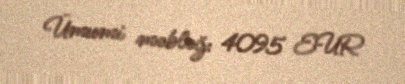
Ümumi məbləğ: 4095 EUR